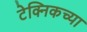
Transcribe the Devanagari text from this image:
टेक्निकच्या